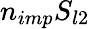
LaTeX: n_{imp}S_{l2}